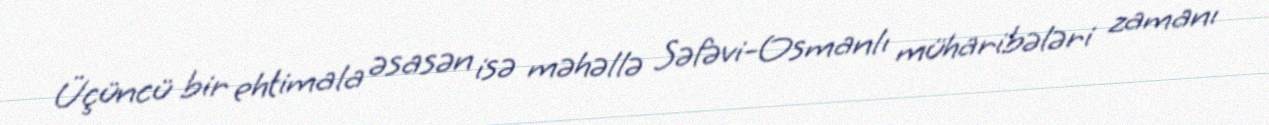
Üçüncü bir ehtimala əsasən isə məhəllə Səfəvi-Osmanlı müharibələri zamanı